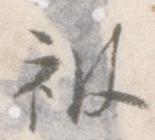
被